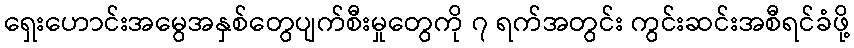
ရှေးဟောင်းအမွေအနှစ်တွေပျက်စီးမှုတွေကို ၇ ရက်အတွင်း ကွင်းဆင်းအစီရင်ခံဖို့